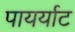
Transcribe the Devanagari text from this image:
पायर्याट